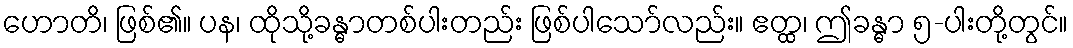
ဟောတိ၊ ဖြစ်၏။ ပန၊ ထိုသို့ခန္ဓာတစ်ပါးတည်း ဖြစ်ပါသော်လည်း။ ဧတ္ထ၊ ဤခန္ဓာ ၅-ပါးတို့တွင်။